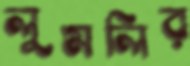
লুমলির